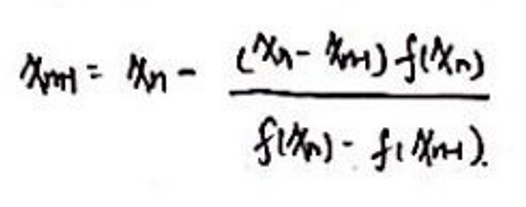
\[
x_{n+1}=x_{n}-\frac{(x_{n}-x_{n - 1})f(x_{n})}{f(x_{n})-f(x_{n - 1})}
\]